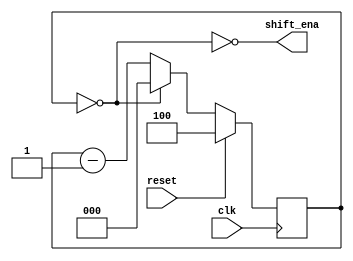
module top_module (
    input clk,
    input reset,      // Synchronous reset
    output shift_ena);

    parameter [2:0] start_val = 3'b100, pattern = 3'b000;
    reg [2:0] counter;

    always @(posedge clk) begin
        if (reset) 
            counter <= start_val;
        else if (counter == pattern) 
            counter <= pattern;
        else 
            counter <= counter - 1'b1;
    end

    assign shift_ena = ~(counter == pattern);

    // parameter [2:0] S0 = 0, S1 = 1, S2 = 2, S3 = 3, S4 = 4;
    // reg [2:0] state, next_state;

    // always @(*) begin
    //     case (state)
    //         S0: next_state = S1; 
    //         S1: next_state = S2;
    //         S2: next_state = S3;
    //         S3: next_state = S4;
    //         S4: next_state = S4;
    //         default: next_state = 3'hx; 
    //     endcase
    // end

    // always @(posedge clk) begin
    //     if (reset)  state <= S0;
    //     else        state <= next_state;
    // end

    // assign shift_ena = ~(state == S4);
endmodule